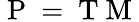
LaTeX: \mathrm{~P~}=\mathrm{~T~M~}